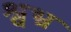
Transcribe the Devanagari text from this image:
श्वभ्र